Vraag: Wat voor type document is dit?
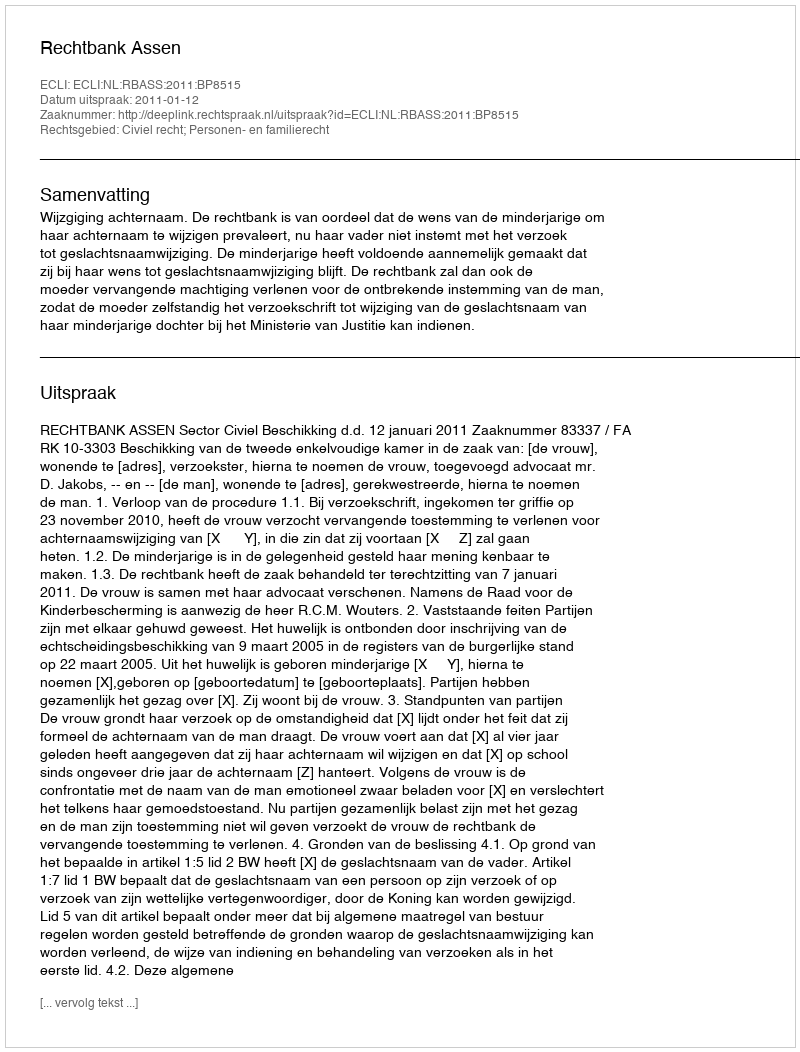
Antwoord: Uitspraak